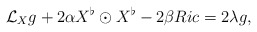
\begin{align*}\mathcal{L}_X g+2 \alpha X^{\flat}\odot X^\flat - 2\beta Ric = 2 \lambda g,\end{align*}